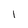
Character: 1